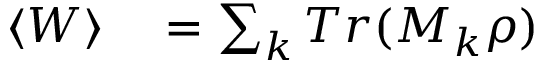
\begin{array} { r l } { \left\langle W \right\rangle } & { { } = \sum _ { k } T r ( M _ { k } \rho ) } \end{array}